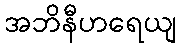
အဘိနီဟရေယျ